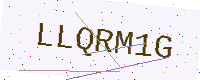
Text: LLQRM1G